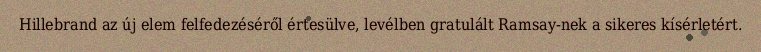
Hillebrand az új elem felfedezéséről értesülve, levélben gratulált Ramsay-nek a sikeres kísérletért.